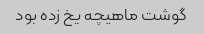
گوشت ماهیچه یخ زده بود